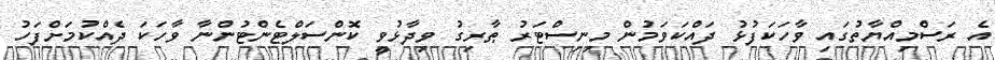
އެ ރަސްމިއްޔާތުގައި ވާހަކަފުޅު ދައްކަވަމުން މިނިސްޓަރު ޠާރިގު ވިދާޅުވީ ކޮންސަލްޓެންޓުންނާ ވާހަކަ ދެއްކުމަށްފަހު